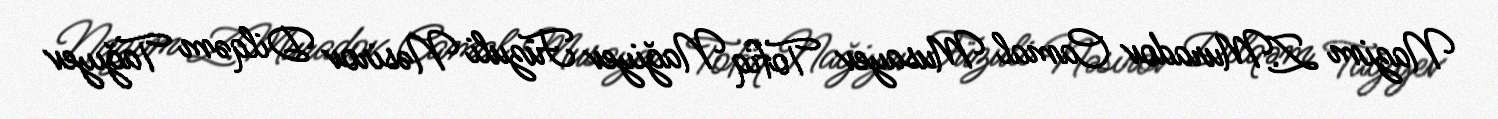
Nazim Z.Muradov Camal Musayev Tofiq Nağiyev Füzuli Nəsirov Dilqəm Tağıyev